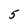
Character: 5